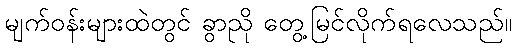
မျက်ဝန်းများထဲတွင် ခွာညို တွေ့မြင်လိုက်ရလေသည်။